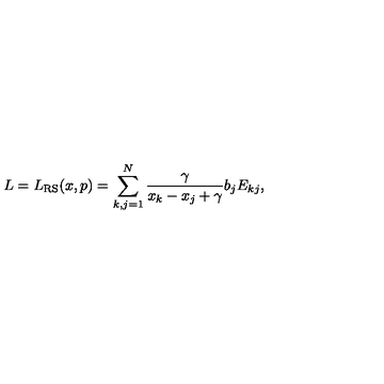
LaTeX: L = L _ { \mathrm { R S } } ( x , p ) = \sum _ { k , j = 1 } ^ { N } \frac { \gamma } { x _ { k } - x _ { j } + \gamma } b _ { j } E _ { k j } ,